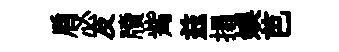
肩必及牘觜兹搨娱芭